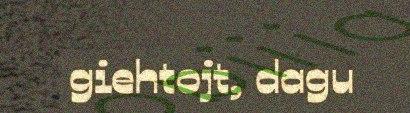
giehtojt, dagu